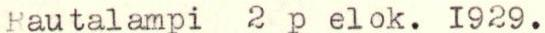
Rautalampi  2 p elok. 1929.